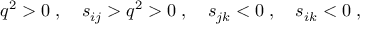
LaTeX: q ^ { 2 } > 0 \; , \quad s _ { i j } > q ^ { 2 } > 0 \; , \quad s _ { j k } < 0 \; , \quad s _ { i k } < 0 \; ,